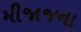
મીજાજના